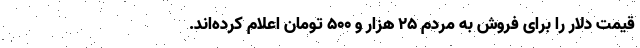
قیمت دلار را برای فروش به مردم ۲۵ هزار و ۵۰۰ تومان اعلام کرده‌اند.